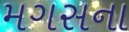
મગસના